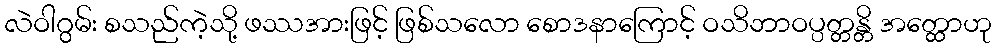
လဲဝါဂွမ်း စသည်ကဲ့သို့ ဖဿအားဖြင့် ဖြစ်သလော စောဒနာကြောင့် ဝသိဘာဝပ္ပတ္တန္တိ အတ္ထောဟု